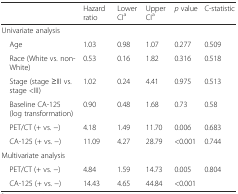
<table><thead><tr><td></td><td><b>Hazard ratio</b></td><td><b>Lower CI<sup>a</sup></b></td><td><b>Upper CI<sup>a</sup></b></td><td><b><i>p</i> value</b></td><td><b>C-statistic</b></td></tr></thead><tbody><tr><td>Univariate analysis</td><td></td><td></td><td></td><td></td><td></td></tr><tr><td> Age</td><td>1.03</td><td>0.98</td><td>1.07</td><td>0.277</td><td>0.509</td></tr><tr><td> Race (White vs. non-White)</td><td>0.53</td><td>0.16</td><td>1.82</td><td>0.316</td><td>0.518</td></tr><tr><td> Stage (stage ≥III vs. stage &lt;III)</td><td>1.02</td><td>0.24</td><td>4.41</td><td>0.975</td><td>0.513</td></tr><tr><td> Baseline CA-125 (log transformation)</td><td>0.90</td><td>0.48</td><td>1.68</td><td>0.73</td><td>0.58</td></tr><tr><td> PET/CT (+ vs. −)</td><td>4.18</td><td>1.49</td><td>11.70</td><td>0.006</td><td>0.683</td></tr><tr><td> CA-125 (+ vs. −)</td><td>11.09</td><td>4.27</td><td>28.79</td><td>&lt;0.001</td><td>0.744</td></tr><tr><td>Multivariate analysis</td><td></td><td></td><td></td><td></td><td></td></tr><tr><td> PET/CT (+ vs. −)</td><td>4.84</td><td>1.59</td><td>14.73</td><td>0.005</td><td rowspan="2">0.804</td></tr><tr><td> CA-125 (+ vs. −)</td><td>14.43</td><td>4.65</td><td>44.84</td><td>&lt;0.001</td></tr></tbody></table>